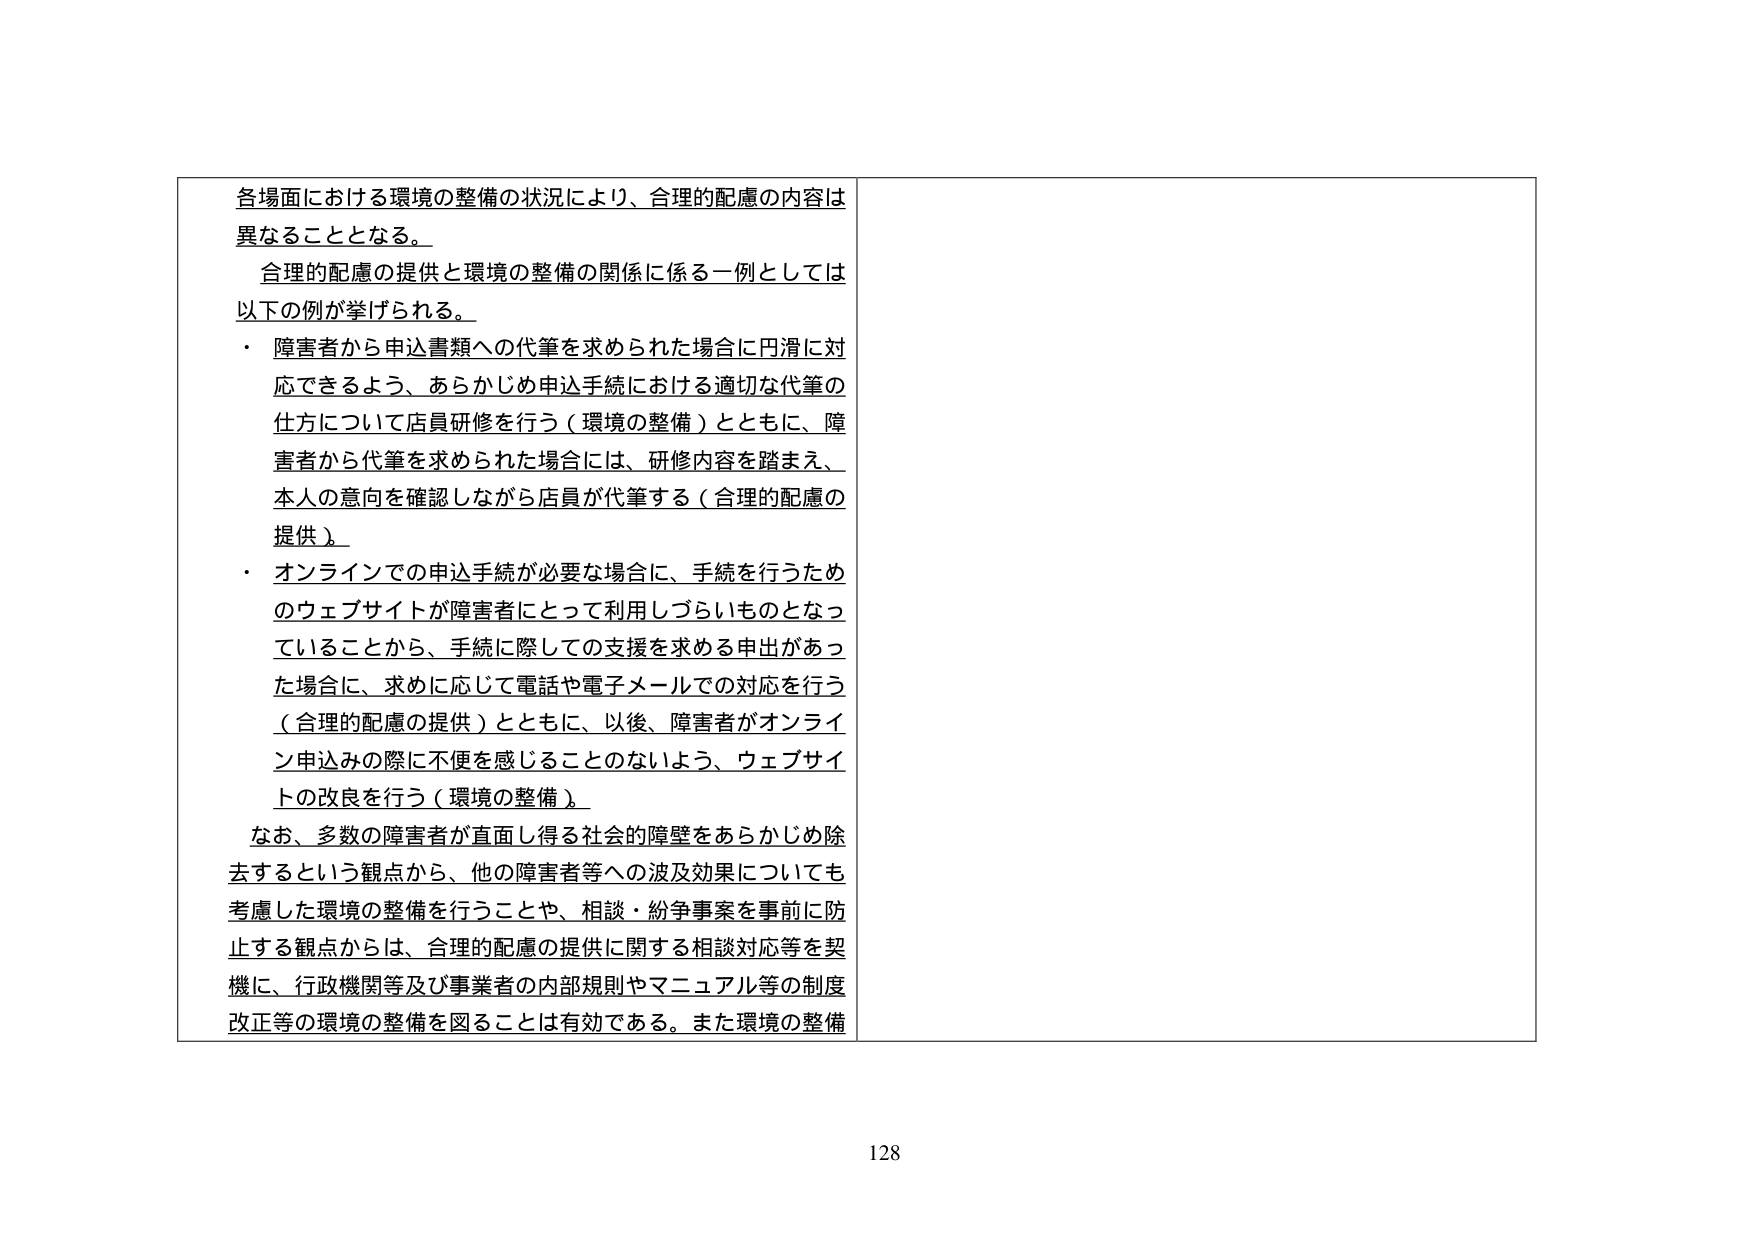
各場面における環境の整備の状況により、合理的配慮の内容は
異なることとなる。
合理的配慮の提供と環境の整備の関係に係る一例としては
以下の例が挙げられる。
・ 障害者から申込書類への代筆を求められた場合に円滑に対
応できるよう、あらかじめ申込手続における適切な代筆の
仕方について店員研修を行う（環境の整備）とともに、障
害者から代筆を求められた場合には、研修内容を踏まえ、
本人の意向を確認しながら店員が代筆する（合理的配慮の
提供）。
・ オンラインでの申込手続が必要な場合に、手続を行うため
のウェブサイトが障害者にとって利用しづらいものとなっ
ていることから、手続に際しての支援を求める申出があっ
た場合に、求めに応じて電話や電子メールでの対応を行う
（合理的配慮の提供）とともに、以後、障害者がオンライ
ン申込みの際に不便を感じることのないよう、ウェブサイ
トの改良を行う（環境の整備）。
なお、多数の障害者が直面し得る社会的障壁をあらかじめ除
去するという観点から、他の障害者等への波及効果についても
考慮した環境の整備を行うことや、相談・紛争事案を事前に防
止する観点からは、合理的配慮の提供に関する相談対応等を契
機に、行政機関等及び事業者の内部規則やマニュアル等の制度
改正等の環境の整備を図ることは有効である。また環境の整備
128